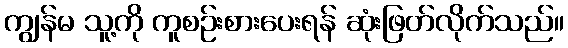
ကျွန်မ သူ့ကို ကူစဉ်းစားပေးရန် ဆုံးဖြတ်လိုက်သည်။